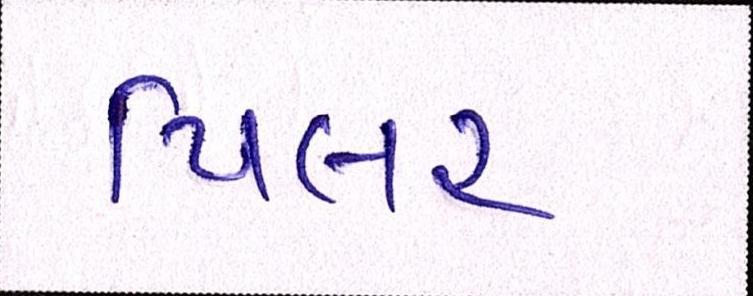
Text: પિલર